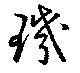
璣